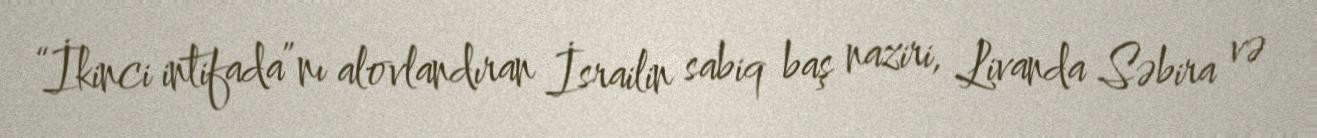
“İkinci intifada”nı alovlandıran İsrailin sabiq baş naziri, Livanda Səbira və